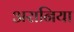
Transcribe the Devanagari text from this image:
अरानिया